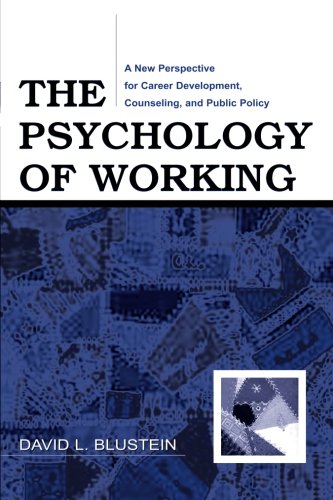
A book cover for The Psychology of Working: A New Perspective for Career Development, Counseling, and Public Policy (Lea Series in Counseling and Psychotherapy); David Blustein; Medical Books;